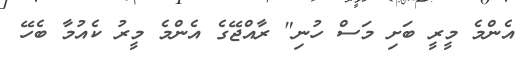
އެންމެ މީރީ ބަށި މަސް ހުނި" ރާއްޖޭގެ އެންމެ މީރު ކެއުމާ ބެހޭ